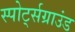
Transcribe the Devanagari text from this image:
स्पोर्ट्सग्राउंड